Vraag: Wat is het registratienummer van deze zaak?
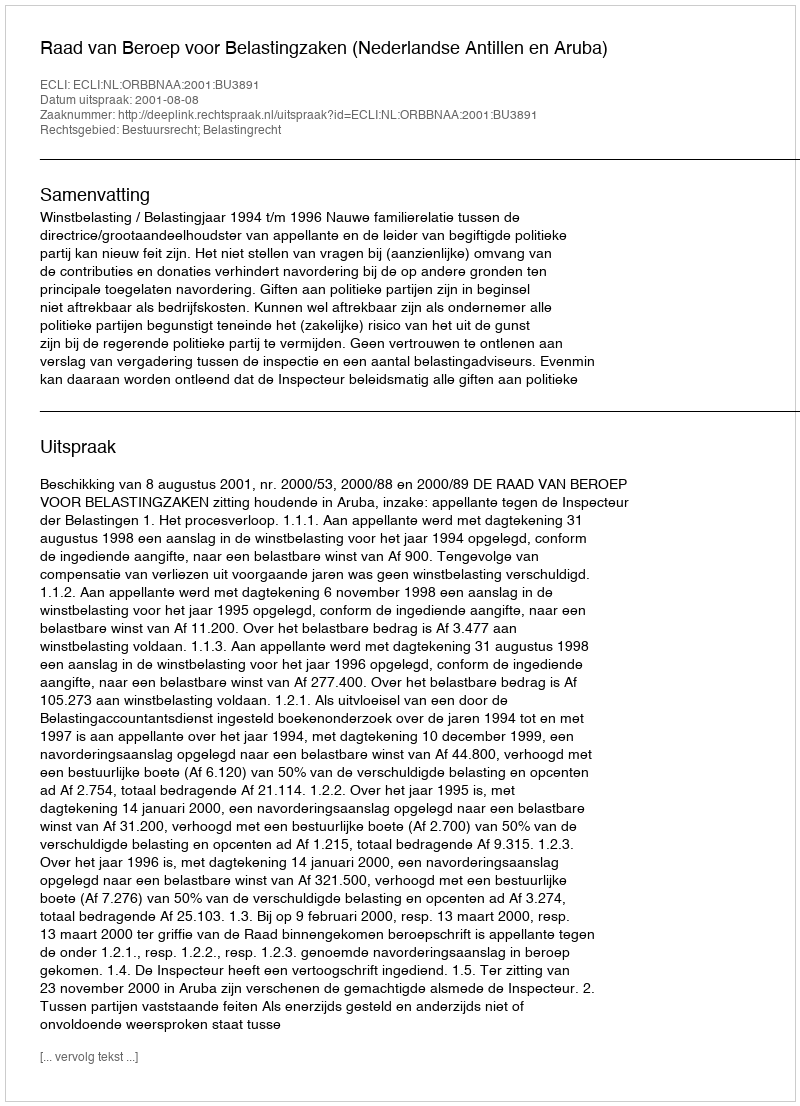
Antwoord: http://deeplink.rechtspraak.nl/uitspraak?id=ECLI:NL:ORBBNAA:2001:BU3891